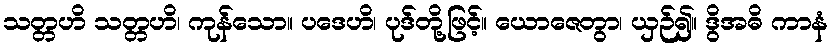
သတ္တဟိ သတ္တဟိ၊ ကုန်သော။ ပဒေဟိ၊ ပုဒ်တို့ဖြင့်။ ယောဇေတွာ၊ ယှဉ်၍။ ဒွိအဓိ ကာနံ